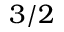
3 / 2